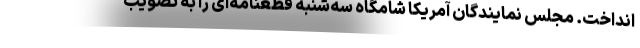
انداخت. مجلس نمایندگان آمریکا شامگاه سه‌شنبه قطعنامه‌ای را به تصویب